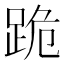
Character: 跪